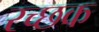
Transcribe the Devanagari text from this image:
रच्‍छक